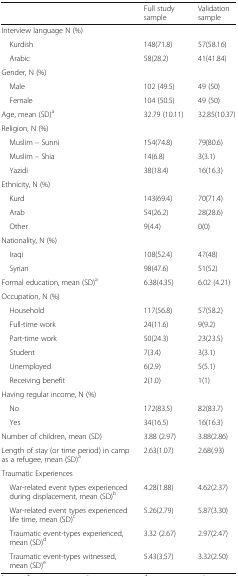
|  | Full study sample | Validation sample |
 | --- | --- | --- |
 | <COLSPAN=3> Interview language N (%) |
 | Kurdish | 148(71.8) | 57(58.16) |
 | Arabic | 58(28.2) | 41(41.84) |
 | <COLSPAN=3> Gender, N (%) |
 | Male | 102 (49.5) | 49 (50) |
 | Female | 104 (50.5) | 49 (50) |
 | Age, mean (SD)a | 32.79 (10.11) | 32.85(10.37) |
 | <COLSPAN=3> Religion, N (%) |
 | Muslim – Sunni | 154(74.8) | 79(80.6) |
 | Muslim – Shia | 14(6.8) | 3(3.1) |
 | Yazidi | 38(18.4) | 16(16.3) |
 | <COLSPAN=3> Ethnicity, N (%) |
 | Kurd | 143(69.4) | 70(71.4) |
 | Arab | 54(26.2) | 28(28.6) |
 | Other | 9(4.4) | 0(0) |
 | <COLSPAN=3> Nationality, N (%) |
 | Iraqi | 108(52.4) | 47(48) |
 | Syrian | 98(47.6) | 51(52) |
 | Formal education, mean (SD)a | 6.38(4.35) | 6.02 (4.21) |
 | <COLSPAN=3> Occupation, N (%) |
 | Household | 117(56.8) | 57(58.2) |
 | Full-time work | 24(11.6) | 9(9.2) |
 | Part-time work | 50(24.3) | 23(23.5) |
 | Student | 7(3.4) | 3(3.1) |
 | Unemployed | 6(2.9) | 5(5.1) |
 | Receiving benefit | 2(1.0) | 1(1) |
 | <COLSPAN=3> Having regular income, N (%) |
 | No | 172(83.5) | 82(83.7) |
 | Yes | 34(16.5) | 16(16.3) |
 | Number of children, mean (SD) | 3.88 (2.97) | 3.88(2.86) |
 | Length of stay (or time period) in camp as a refugee, mean (SD)a | 2.63(1.07) | 2.68(.93) |
 | <COLSPAN=3> Traumatic Experiences |
 | War-related event types experienced during displacement, mean (SD)b | 4.28(1.88) | 4.62(2.37) |
 | War-related event types experienced life time, mean (SD)c | 5.26(2.79) | 5.87(3.30) |
 | Traumatic event-types experienced, mean (SD)d | 3.32 (2.67) | 2.97(2.47) |
 | Traumatic event-types witnessed, mean (SD)e | 5.43(3.57) | 3.32(2.50) |